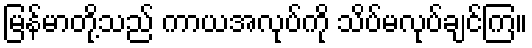
မြန်မာတို့သည် ကာယအလုပ်ကို သိပ်မလုပ်ချင်ကြ။